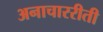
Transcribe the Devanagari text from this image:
अनाचाररीती